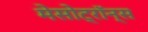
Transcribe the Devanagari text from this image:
मेसोट्रॉन्स